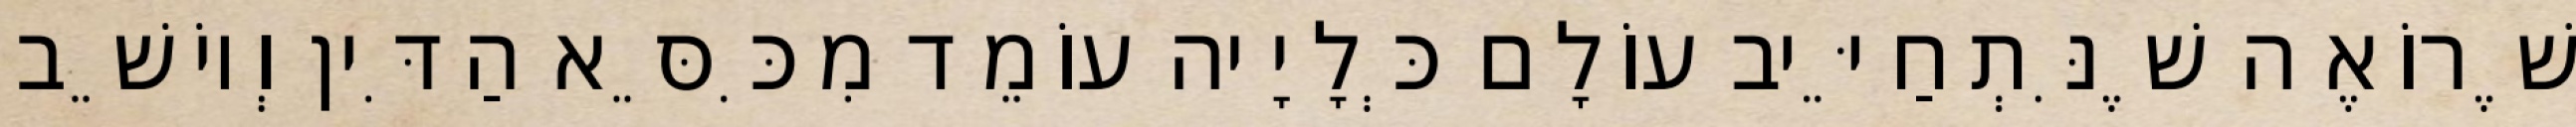
שֶׁרוֹאֶה שֶׁנִּתְחַיֵּיב עוֹלָם כְּלָיָיה עוֹמֵד מִכִּסֵּא הַדִּין וְיוֹשֵׁב